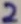
Text: 2